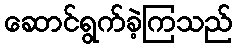
ဆောင်ရွက်ခဲ့ကြသည်